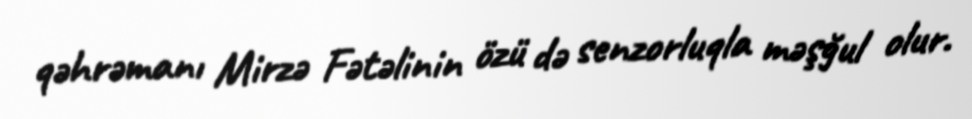
qəhrəmanı Mirzə Fətəlinin özü də senzorluqla məşğul olur.